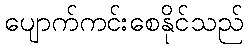
ပျောက်ကင်းစေနိုင်သည်